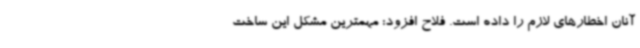
آنان اخطارهای لازم را داده است. فلاح افزود: مهمترین مشکل این ساخت